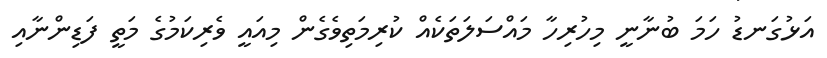
އަޅުގަނޑު ހަމަ ބުނާނީ މިހުރިހާ މައްސަލަތަކެއް ކުރިމަތިވެގެން މިއައީ ވެރިކަމުގެ މަތީ ފަޑިންނާއި